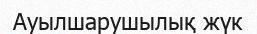
Ауылшарушылық жүк